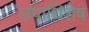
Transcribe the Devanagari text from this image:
उपाधिशेष